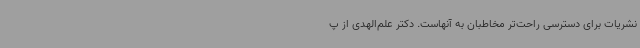
نشریات برای دسترسی راحت‌تر مخاطبان به آنهاست. دکتر علم‌الهدی از پ